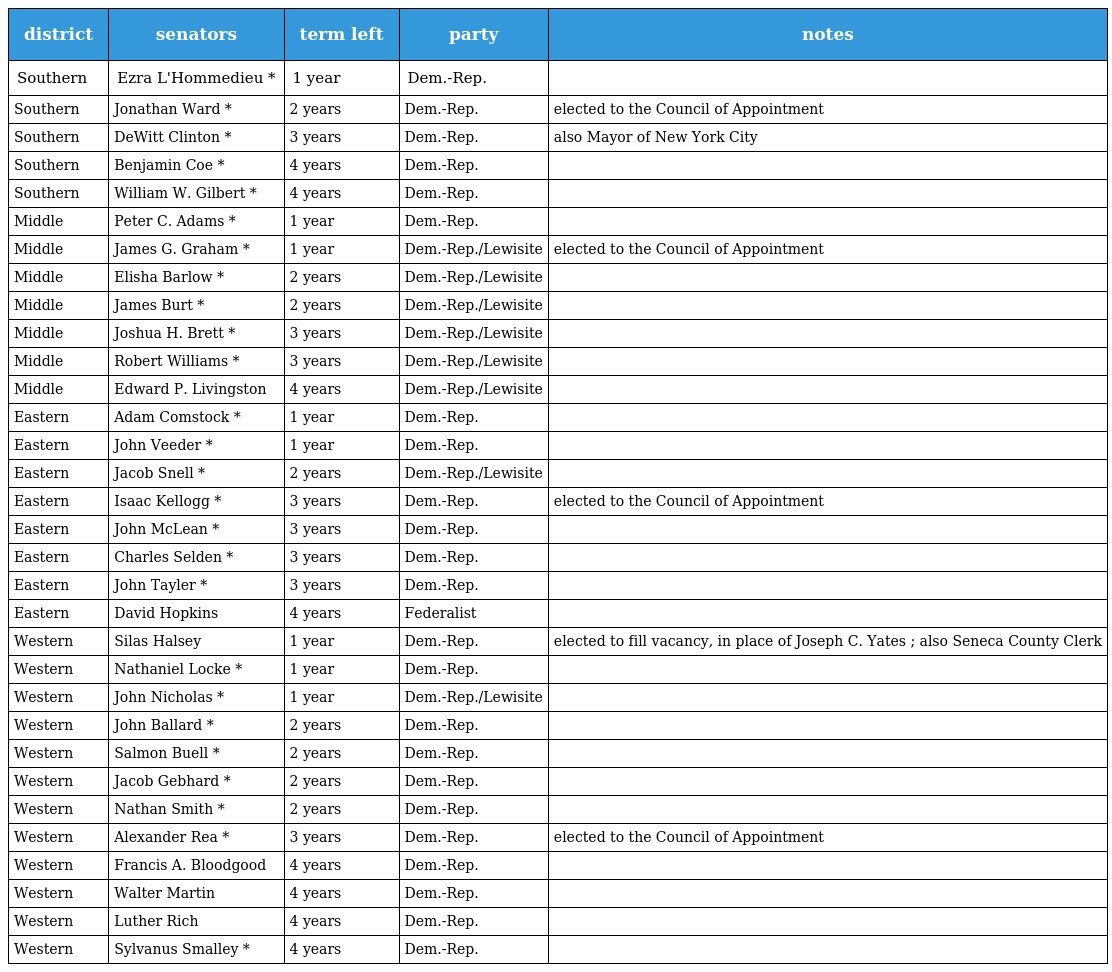
| district | senators | term left | party | notes |
 | --- | --- | --- | --- | --- |
 | Southern | Ezra L'Hommedieu * | 1 year | Dem.-Rep. |  |
 | Southern | Jonathan Ward * | 2 years | Dem.-Rep. | elected to the Council of Appointment |
 | Southern | DeWitt Clinton * | 3 years | Dem.-Rep. | also Mayor of New York City |
 | Southern | Benjamin Coe * | 4 years | Dem.-Rep. |  |
 | Southern | William W. Gilbert * | 4 years | Dem.-Rep. |  |
 | Middle | Peter C. Adams * | 1 year | Dem.-Rep. |  |
 | Middle | James G. Graham * | 1 year | Dem.-Rep./Lewisite | elected to the Council of Appointment |
 | Middle | Elisha Barlow * | 2 years | Dem.-Rep./Lewisite |  |
 | Middle | James Burt * | 2 years | Dem.-Rep./Lewisite |  |
 | Middle | Joshua H. Brett * | 3 years | Dem.-Rep./Lewisite |  |
 | Middle | Robert Williams * | 3 years | Dem.-Rep./Lewisite |  |
 | Middle | Edward P. Livingston | 4 years | Dem.-Rep./Lewisite |  |
 | Eastern | Adam Comstock * | 1 year | Dem.-Rep. |  |
 | Eastern | John Veeder * | 1 year | Dem.-Rep. |  |
 | Eastern | Jacob Snell * | 2 years | Dem.-Rep./Lewisite |  |
 | Eastern | Isaac Kellogg * | 3 years | Dem.-Rep. | elected to the Council of Appointment |
 | Eastern | John McLean * | 3 years | Dem.-Rep. |  |
 | Eastern | Charles Selden * | 3 years | Dem.-Rep. |  |
 | Eastern | John Tayler * | 3 years | Dem.-Rep. |  |
 | Eastern | David Hopkins | 4 years | Federalist |  |
 | Western | Silas Halsey | 1 year | Dem.-Rep. | elected to fill vacancy, in place of Joseph C. Yates ; also Seneca County Clerk |
 | Western | Nathaniel Locke * | 1 year | Dem.-Rep. |  |
 | Western | John Nicholas * | 1 year | Dem.-Rep./Lewisite |  |
 | Western | John Ballard * | 2 years | Dem.-Rep. |  |
 | Western | Salmon Buell * | 2 years | Dem.-Rep. |  |
 | Western | Jacob Gebhard * | 2 years | Dem.-Rep. |  |
 | Western | Nathan Smith * | 2 years | Dem.-Rep. |  |
 | Western | Alexander Rea * | 3 years | Dem.-Rep. | elected to the Council of Appointment |
 | Western | Francis A. Bloodgood | 4 years | Dem.-Rep. |  |
 | Western | Walter Martin | 4 years | Dem.-Rep. |  |
 | Western | Luther Rich | 4 years | Dem.-Rep. |  |
 | Western | Sylvanus Smalley * | 4 years | Dem.-Rep. |  |